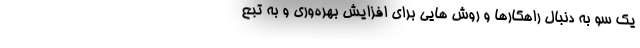
یک سو به دنبال راهکارها و روش­ هایی برای افزایش بهره­وری و به تبع